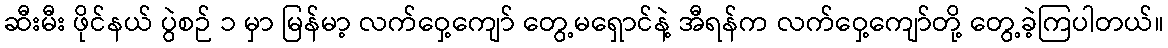
ဆီးမီး ဖိုင်နယ် ပွဲစဉ် ၁ မှာ မြန်မာ့ လက်ဝှေ့ကျော် တွေ့မရှောင်နဲ့ အီရန်က လက်ဝှေ့ကျော်တို့ တွေ့ခဲ့ကြပါတယ်။